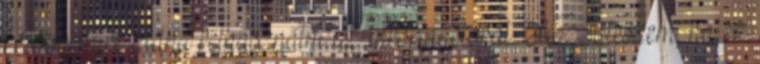
később mire tudná felhasználni az információkat. Hozzáteszem, ha ez